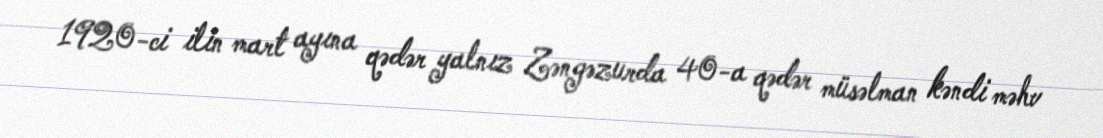
1920-ci ilin mart ayına qədər yalnız Zəngəzurda 40-a qədər müsəlman kəndi məhv